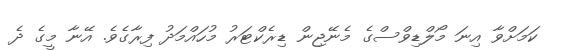
ކަމަށްވާ އިނަ މޯލްޑިވްސްގެ މެނޭޖިން ޑިރެކްޓަރު މުހައްމަދު ފިރާގެވެ. އޭނާ މީގެ ދެ